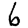
Digit: 6